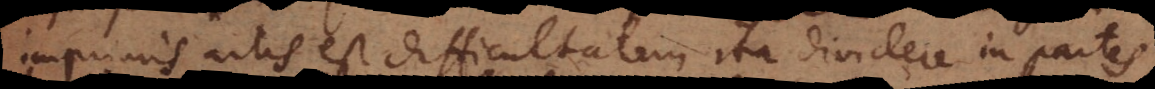
iegen. artis est difficultatem ita dividere in partes